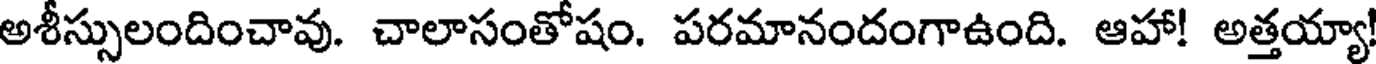
అశీస్సులందించావు. చాలాసంతోషం. పరమానందంగాఉంది. ఆహా! అత్తయ్యా